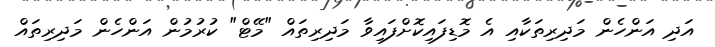
އަދި އަންހެން މަދިރިތަކާއި އެ މޮޑިފައިކޮށްފައިވާ މަދިރިތައް "މޭޓް" ކުރުމުން އަންހެން މަދިރިތައް